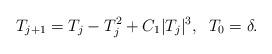
LaTeX: \begin{align*}T_{j + 1} = T_j - T_j^2 + C_1 |T_j|^3, \;\; T_0 = \delta.\end{align*}